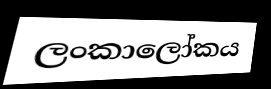
ලංකාලෝකය